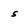
Character: s